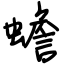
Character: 蟾